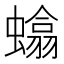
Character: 𫋞